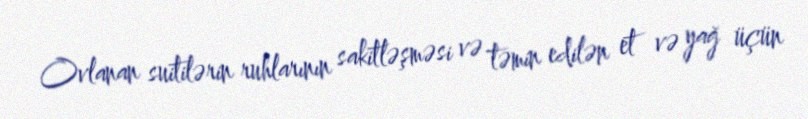
Ovlanan suitilərin ruhlarının sakitləşməsi və təmin edilən et və yağ üçün